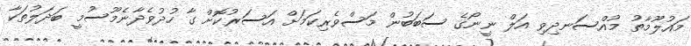
މައުލޫމާތު މުއްސަނދިވި އަލް ނީނޯގެ ސަބަބުން މަސްވެރިކަމަށް އަސަރުކޮށް ގާ ހުދުވެދާނެމޫސުމީ ބަދަލުތަކާ